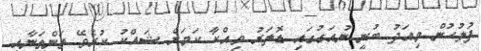
ފުލުހުން މިއަދު ބުނީ ނުއަގުގައި ޑޮލަރު ވިއްކާ ކަމަށް ޝައްކު ކުރެވޭ ތަންތަނާއި